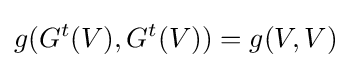
g(G^{t}(V),G^{t}(V))=g(V,V)